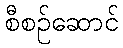
စီစဉ်ဆောင်